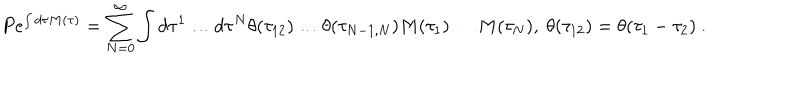
P e ^ { \int d \tau M ( \tau ) } = \sum _ { N = 0 } ^ { \infty } \int d \tau ^ { 1 } \dots d \tau ^ { N } \theta ( \tau _ { 1 2 } ) \dots \theta ( \tau _ { N - 1 , N } ) M ( \tau _ { 1 } ) \dots M ( \tau _ { N } ) , \ \theta ( \tau _ { 1 2 } ) = \theta ( \tau _ { 1 } - \tau _ { 2 } ) \ .